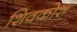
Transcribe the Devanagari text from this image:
शिवकोश